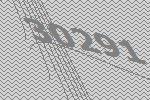
30291